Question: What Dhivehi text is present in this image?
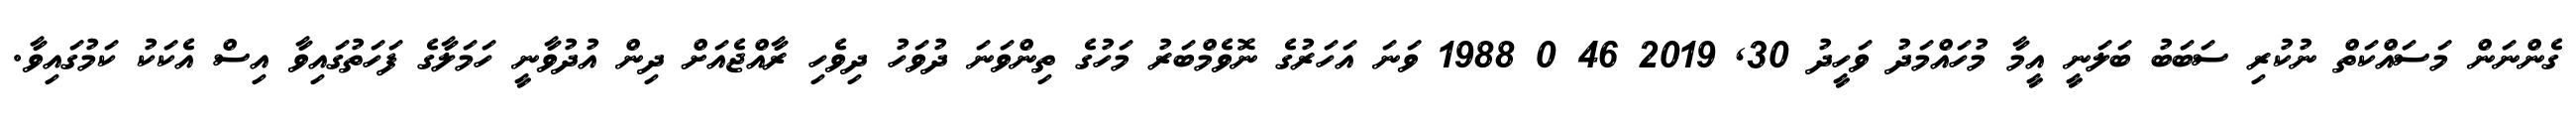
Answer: ގެންނަން މަސައްކަތް ނުކުރި ސަބަބު ބަލަނީ އީމާ މުހައްމަދު ވަހީދު 30, 2019 46 0 1988 ވަނަ އަހަރުގެ ނޮވެމްބަރު މަހުގެ ތިންވަނަ ދުވަހު ދިވެހި ރާއްޖެއަށް ދިން އުދުވާނީ ހަމަލާގެ ފަހަތުގައިވާ އިސް އެކަކު ކަމުގައިވާ.